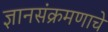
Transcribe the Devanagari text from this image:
ज्ञानसंक्रमणाचे